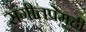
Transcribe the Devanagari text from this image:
संगीतप्रेमही